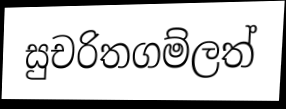
සුචරිතගම්ලත්